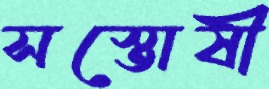
সস্তোষী